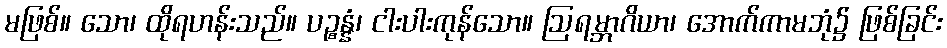
မဖြစ်။ သော၊ ထိုရဟန်းသည်။ ပဉ္စန္နံ၊ ငါးပါးကုန်သော။ ဩရမ္ဘာဂိယာ၊ အောက်ကာမဘုံ၌ ဖြစ်ခြင်း